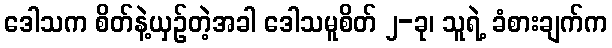
ဒေါသက စိတ်နဲ့ယှဉ်တဲ့အခါ ဒေါသမူစိတ် ၂-ခု၊ သူရဲ့ ခံစားချက်က